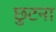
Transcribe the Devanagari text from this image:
छुटना